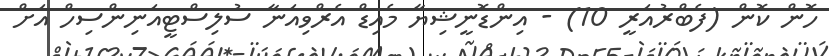
ހޮން ކޮން (ފެބްރުއަރީ 10) - އިންޑޮނީޝިޔާ މެއިޑް އެރްވިއަނާ ސުލިސްޓީއަނިންސިހް އަށް